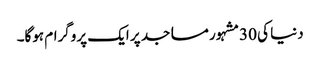
دنیا کی 30مشہور مساجد پر ایک پروگرام ہوگا۔